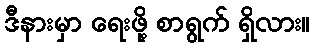
ဒီနားမှာ ရေးဖို့ စာရွက် ရှိလား။